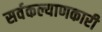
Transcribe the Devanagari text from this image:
सर्वकल्याणकारी